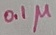
Text: 0.1µ